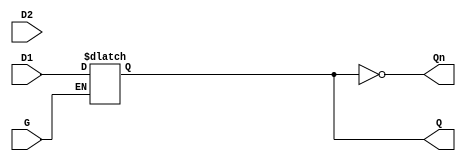
module dual_input_gated_latch (
    input wire D1,       // First data input
    input wire D2,       // Second data input
    input wire G,        // Gate control input (active high)
    output reg Q,        // Latch output
    output wire Qn       // Inverted output
);

// Inverted output
assign Qn = ~Q;

// Always block to implement the gated latch behavior
always @ (G or D1 or D2) begin
    if (G) begin
        // When G is high, select which data input to latch
        // Here, we can implement selection logic if needed
        // For simplicity, let's assume we latch D1 when G is high
        Q <= D1; // Change this to D2 if you want to latch D2 instead
    end
    // When G is low, hold the last state of Q
end

endmodule